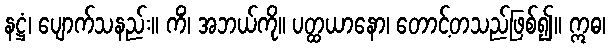
နဋ္ဌံ၊ ပျောက်သနည်း။ ကိံ၊ အဘယ်ကို။ ပတ္ထယာနော၊ တောင့်တသည်ဖြစ်၍။ ဣဓ၊